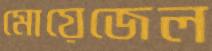
মোয়েজেল